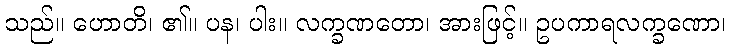
သည်။ ဟောတိ၊ ၏။ ပန၊ ပါး။ လက္ခဏတော၊ အားဖြင့်။ ဥပကာရလက္ခဏော၊